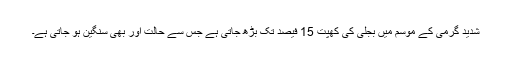
شدید گرمی کے موسم میں بجلی کی کھپت 15 فیصد تک بڑھ جاتی ہے جس سے حالت اور بھی سنگین ہو جاتی ہے۔